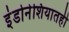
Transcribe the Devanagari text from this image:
इंडोनेशियातही